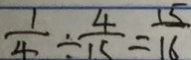
\frac { 1 } { 4 } \div \frac { 4 } { 1 5 } = \frac { 1 5 } { 1 6 }